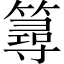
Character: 𥳍